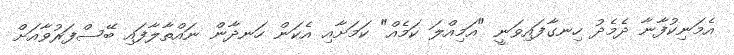
އެމަނިކުފާނާ ދެމެދު ހިނގާފައިވަނީ "އަމިއްލަ ކަމެއް" ކަމަށާއި އެކަން ހަނދާން ނައްތާލާފައި ބޭސްފަރުވާއަށް